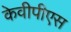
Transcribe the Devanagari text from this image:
केवीपीएस